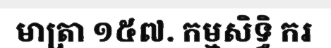
មាត្រា ១៥៧. កម្មសិទ្ធិ ករ